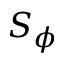
S _ { \phi }